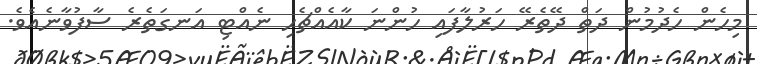
މިހެން ހެދުމުން ދަތް ދޭތެރޭ ހަރުލާފައި ހުންނަ ކާއެއްޗެހި ނެއްޓި އަނގަތެރެ ސާފުވާނެއެވެ.